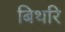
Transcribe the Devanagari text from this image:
बिथरि